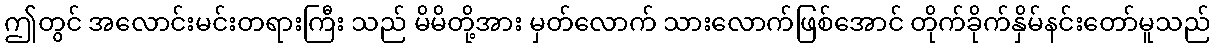
ဤတွင် အလောင်းမင်းတရားကြီး သည် မိမိတို့အား မှတ်လောက် သားလောက်ဖြစ်အောင် တိုက်ခိုက်နှိမ်နင်းတော်မူသည်